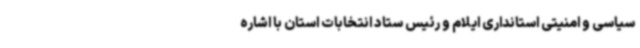
سیاسی و امنیتی استانداری ایلام و رئیس ستاد انتخابات استان با اشاره